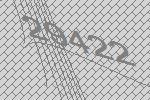
29422